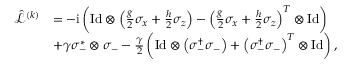
\begin{array} { r l } { \hat { \mathcal { L } } ^ { ( k ) } } & { = - \mathrm { i } \left( \mathrm { I d } \otimes \left( \frac { g } { 2 } \sigma _ { x } + \frac { h } { 2 } \sigma _ { z } \right) - \left( \frac { g } { 2 } \sigma _ { x } + \frac { h } { 2 } \sigma _ { z } \right) ^ { T } \otimes \mathrm { I d } \right) } \\ & { + \gamma \sigma _ { - } ^ { * } \otimes \sigma _ { - } - \frac { \gamma } { 2 } \left( \mathrm { I d } \otimes \left( \sigma _ { - } ^ { \dagger } \sigma _ { - } \right) + \left( \sigma _ { - } ^ { \dagger } \sigma _ { - } \right) ^ { T } \otimes \mathrm { I d } \right) , } \end{array}